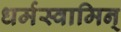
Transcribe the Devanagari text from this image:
धर्मस्वामिन्